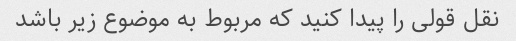
نقل قولی را پیدا کنید که مربوط به موضوع زیر باشد